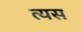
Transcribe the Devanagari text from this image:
त्यस